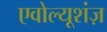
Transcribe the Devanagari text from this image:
एवोल्यूशंज़